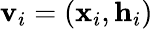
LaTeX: \mathbf{v}_{i}=(\mathbf{x}_{i},\mathbf{h}_{i})